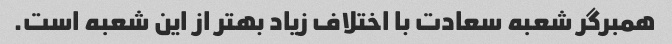
همبرگر شعبه سعادت با اختلاف زیاد بهتر از این شعبه است.